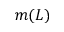
m ( L )